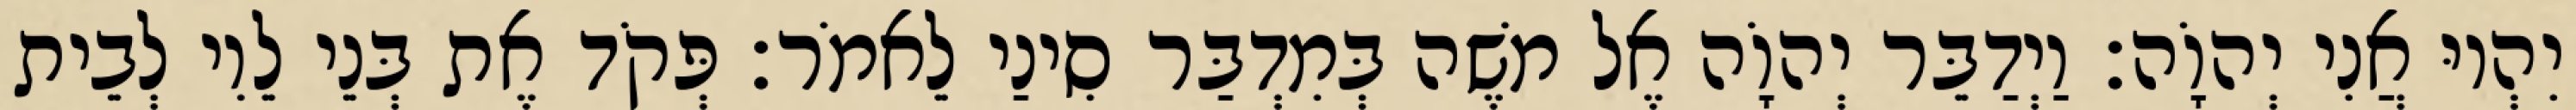
יִהְיוּ אֲנִי יְהוָֹה׃ וַיְדַבֵּר יְהוָֹה אֶל משֶׁה בְּמִדְבַּר סִינַי לֵאמֹר׃ פְּקֹד אֶת בְּנֵי לֵוִי לְבֵית